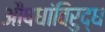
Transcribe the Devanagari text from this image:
औषधांविरुद्ध